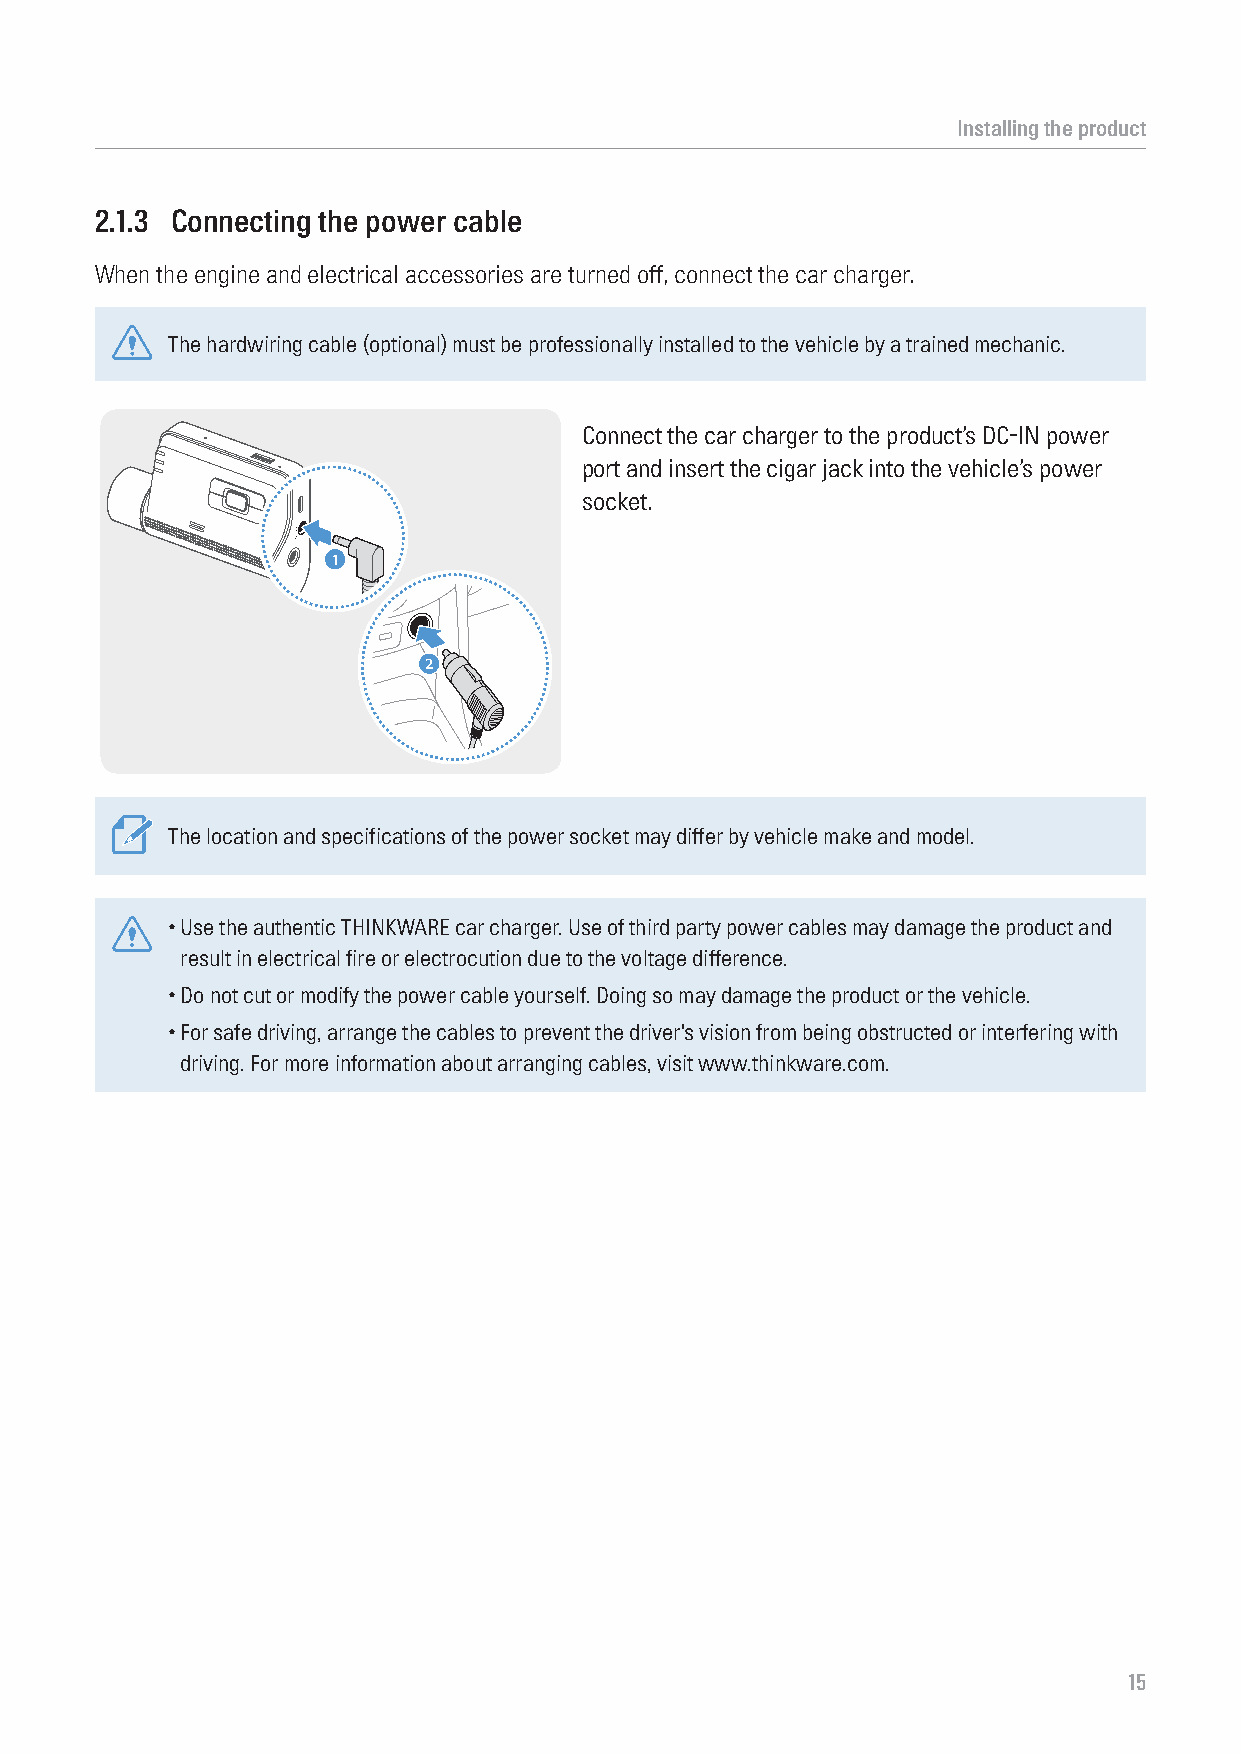
Installing the product
 2.1.3 Connecting the power cable
 When the engine and electrical accessories are turned off, connect the car charger.
 The hardwiring cable (optional) must be professionally installed to the vehicle by a trained mechanic.
 Connect the car charger to the product’s DC-IN power
 port and insert the cigar jack into the vehicle’s power
 socket.
 1
 2
 The location and specifications of the power socket may differ by vehicle make and model.
 • Use the authentic THINKWARE car charger. Use of third party power cables may damage the product and
 result in electrical fire or electrocution due to the voltage difference.
 • Do not cut or modify the power cable yourself. Doing so may damage the product or the vehicle.
 • For safe driving, arrange the cables to prevent the driver's vision from being obstructed or interfering with
 driving. For more information about arranging cables, visit www.thinkware.com.
 15